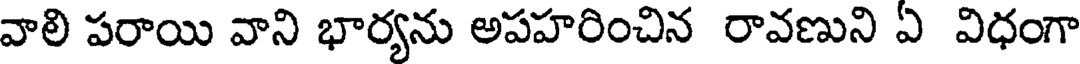
వాలి పరాయి వాని భార్యను అపహరించిన రావణుని ఏ విధంగా